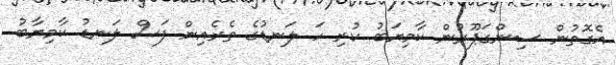
އެގޮތުން ސިންގަޕޫރުން ކާމިޔަބު ކުރި ހަ ލަނޑުގެ ތެރެއިން ފަސް ލަނޑު ކާމިޔާބު